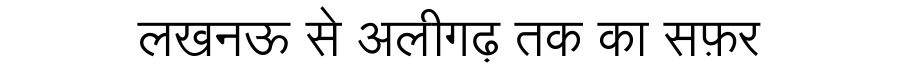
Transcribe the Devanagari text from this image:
लखनऊ से अलीगढ़ तक का सफ़र